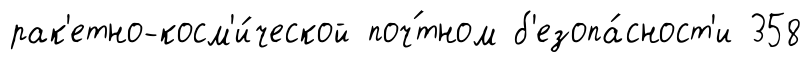
рак'етно-косм'и́ческой поч́тном б'езопа́сност'и 358